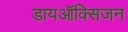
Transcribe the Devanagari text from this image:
डायऑक्सिजन